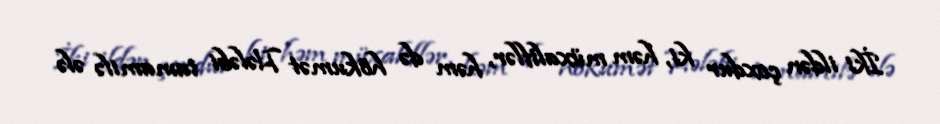
İki ildən çoxdur ki, həm müxaliflər, həm də hökumət Hələbi tamamilə ələ